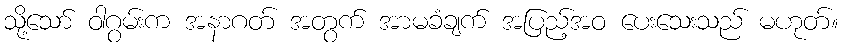
သို့သော် ဝါဂွမ်းက အနာဂတ် အတွက် အာမခံချက် အပြည့်အဝ ပေးသေးသည် မဟုတ်။